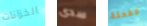
الخزانات سدى تفعلة